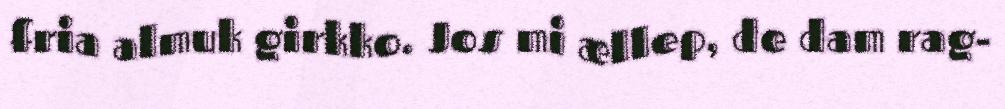
fria almuk girkko. Jos mi ællep, de dam rag-